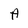
Character: A